Report of an investigation into the causes of the diseases known in Assam as Kála-Azár and Beri-Beri
Disease focus: Beri-Beri
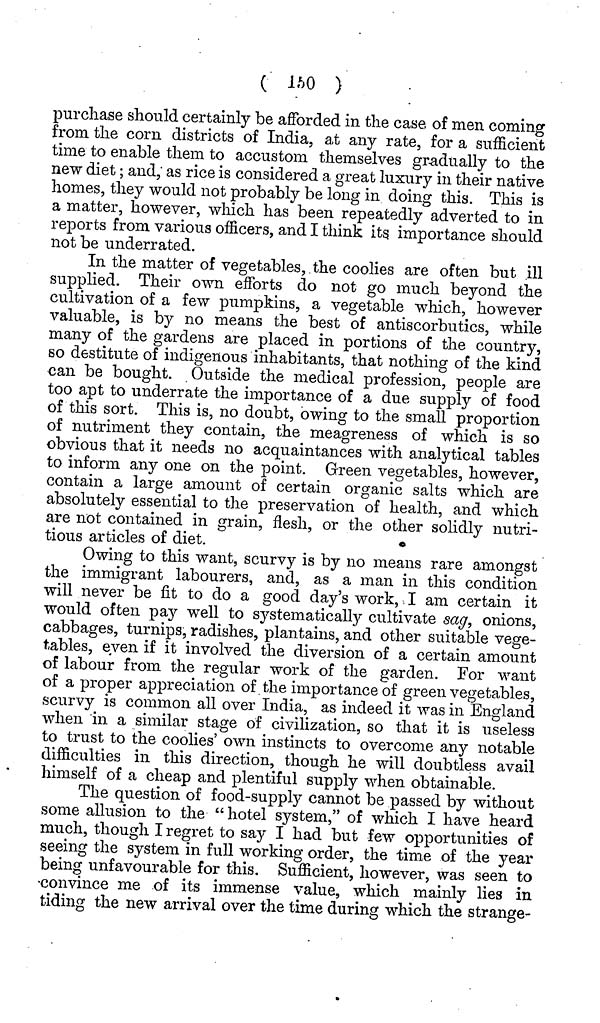
( 1M> )
purchase should certainly be afforded in the case of men coming
from the corn districts of India, at any rate, for a sufficient
time to enable them to accustom themselves gradually to the
new diet; and, as rice is considered a great luxury in their native
homes, they would not probably be long in doing this. This is
a matter, however, which has been repeatedly adverted to in
reports from various officers, and I think its importance should
not be underrated.
In the matter of vegetables, the coolies are often but ill
supplied. Their own efforts do not go much beyond the
cultivation of a few pumpkins, a vegetable which, however
valuable, is by no means the best of antiscorbutics, while
many of the gardens are placed in portions of the country,
so destitute of indigenous inhabitants, that nothing of the kind
can be bought. Outside the medical profession, people are
too apt to underrate the importance of a due supply of food
of this sort. This is, no doubt, owing to the small proportion
of nutriment they contain, the meagreness of which is so
obvious that it needs no acquaintances with analytical tables
to inform any one on the point. Green vegetables, however,
contain a large amount of certain organic salts which are
absolutely essential to the preservation of health, and which
are not contained in grain, flesh, or the other solidly nutri-
tious articles of diet.
Owing to this want, scurvy is by no means rare amongst
the immigrant labourers, and, as a man in this condition
will never be fit to do a good day's work, I am certain it
would often pay well to systematically cultivate sag, onions,
cabbages, turnips, radishes, plantains, and other suitable vege-
tables, even if it involved the diversion of a certain amount
of labour from the regular work of the garden. For want
of a proper appreciation of the importance of green vegetables,
scurvy is common all over India, as indeed it was in England
when in a similar stage of civilization, so that it is useless
to trust to the coolies' own instincts to overcome any notable
difficulties in this direction, though he will doubtless avail
himself of a cheap and plentiful supply when obtainable.
The question of food-supply cannot be passed by without
some allusion to the " hotel system," of which I have heard
much, though I regret to say I had but few opportunities of
seeing the system in full working order, the time of the year
being unfavourable for this. Sufficient, however, was seen to
convince me of its immense value, which mainly lies in
tiding the new arrival over the time during which the strange-